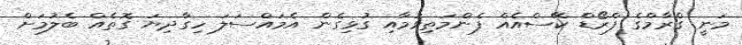
މަނީ ގްރާމްގެ ފްރޯޑް ކޭސްއެއް ފެންމަތިވުމާއި ގުޅިގެން އެމައްސަލަ ހިގާދިޔަ ގޮތެއް ބެލުމަށް